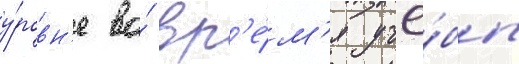
у́ровн'е во́ вр'е́м'я учё́бы